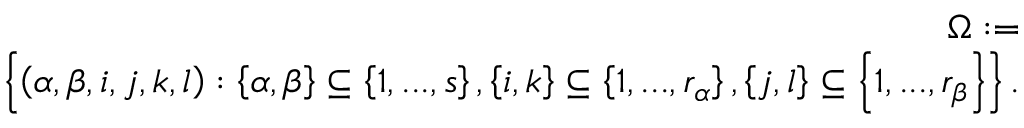
\begin{array} { r l r } & { } & { \Omega : = } \\ & { } & { \left\{ \left( \alpha , \beta , i , j , k , l \right) : \left\{ \alpha , \beta \right\} \subseteq \left\{ 1 , . . . , s \right\} , \left\{ i , k \right\} \subseteq \left\{ 1 , . . . , r _ { \alpha } \right\} , \left\{ j , l \right\} \subseteq \left\{ 1 , . . . , r _ { \beta } \right\} \right\} \mathrm { . } } \end{array}